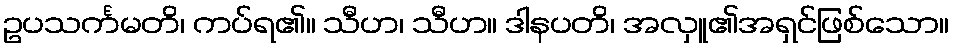
ဥပသင်္ကမတိ၊ ကပ်ရ၏။ သီဟ၊ သီဟ။ ဒါနပတိ၊ အလှူ၏အရှင်ဖြစ်သော။